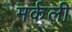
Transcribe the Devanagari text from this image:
मर्कली